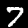
Label: 7